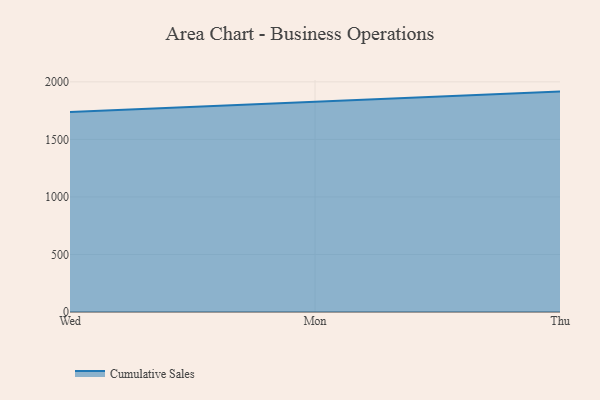
{"axis": {"x": "Day", "y": "Humidity (%)"}, "legend": ["Cumulative Sales"], "data": [{"x": "Wed", "y": 1737.7, "type": "Cumulative Sales"}, {"x": "Mon", "y": 1826.7, "type": "Cumulative Sales"}, {"x": "Thu", "y": 1915.6, "type": "Cumulative Sales"}]}